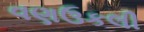
વણઉકલી